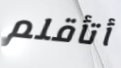
أتأقلم